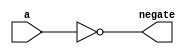
`timescale 1ns / 1ps
//////////////////////////////////////////////////////////////////////////////////
// Company: 
// Engineer: 
// 
// Design Name: 
// Module Name:    NOT_1bit 
// Project Name: 
// Target Devices: 
// Tool versions: 
// Description: 
//
// Dependencies: 
//
// Revision: 
// Revision 0.01 - File Created
// Additional Comments: 
//
//////////////////////////////////////////////////////////////////////////////////
module NOT_1bit(output negate, input a
    );
////This is the 1 Bit NOT module
	 not	(negate,a);

endmodule